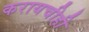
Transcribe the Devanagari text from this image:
करायचीही